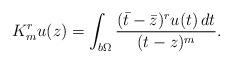
LaTeX: \begin{align*}K_m^r u(z)=\int_{b\Omega}\frac{(\bar t-\bar z)^r u(t)\,dt}{(t-z)^m}.\end{align*}